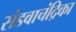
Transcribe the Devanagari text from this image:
संडवाचंद्रिका